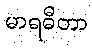
မာရဓီတာ